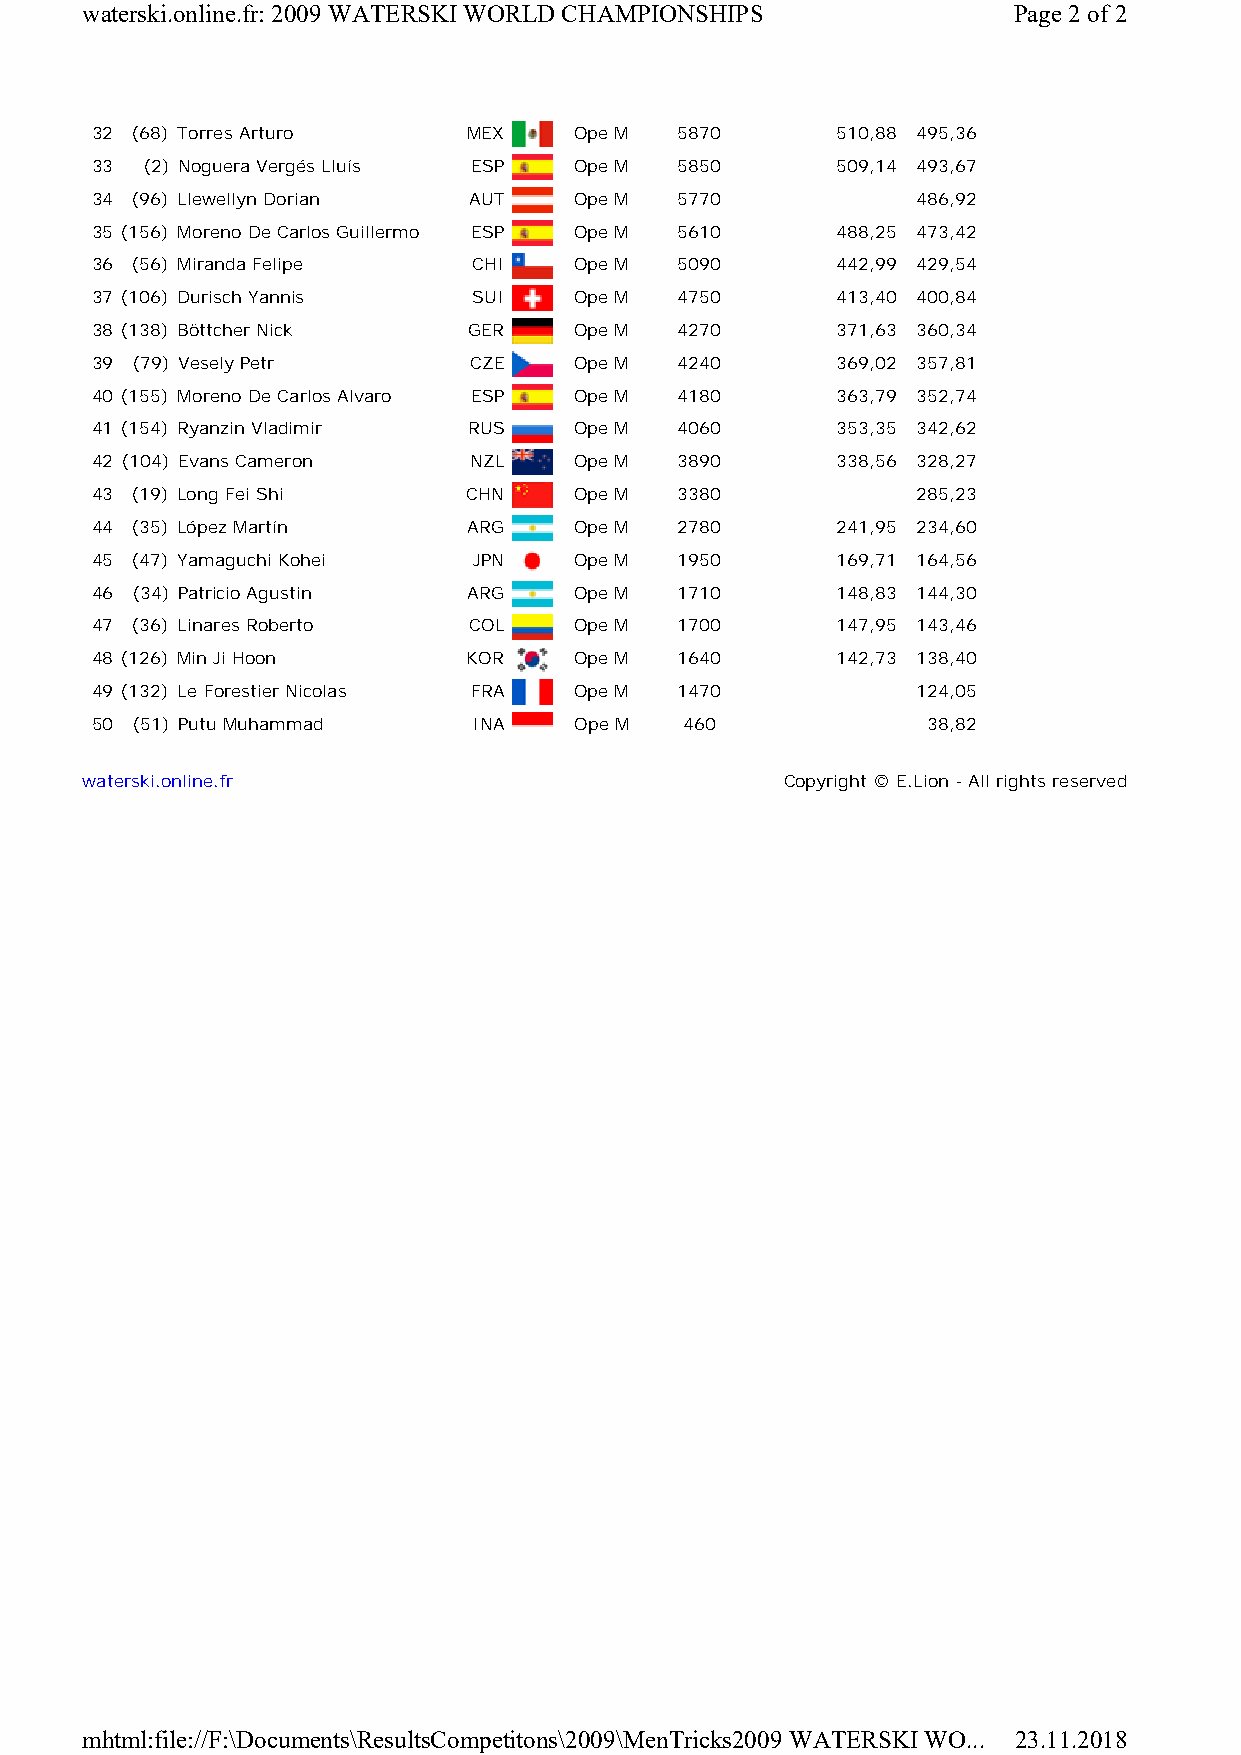
waterski.online.fr: 2009 WATERSKI WORLD CHAMPIONSHIPS         Page 2of 2
 32 (68) Torres Arturo    MEX    Ope M  5870      510,88 495,36
 33 (2) Noguera Vergés Lluís ESP Ope M  5850      509,14 493,67
 34 (96) Llewellyn Dorian AUT    Ope M  5770            486,92
 35 (156) Moreno De Carlos Guillermo ESP Ope M 5610 488,25 473,42
 36 (56) Miranda Felipe   CHI    Ope M  5090      442,99 429,54
 37 (106) Durisch Yannis  SUI    Ope M  4750      413,40 400,84
 38 (138) Böttcher Nick   GER    Ope M  4270      371,63 360,34
 39 (79) Vesely Petr      CZE    Ope M  4240      369,02 357,81
 40 (155) Moreno De Carlos Alvaro ESP Ope M 4180  363,79 352,74
 41 (154) Ryanzin Vladimir RUS   Ope M  4060      353,35 342,62
 42 (104) Evans Cameron   NZL    Ope M  3890      338,56 328,27
 43 (19) Long Fei Shi     CHN    Ope M  3380            285,23
 44 (35) López Martín     ARG    Ope M  2780      241,95 234,60
 45 (47) Yamaguchi Kohei  JPN    Ope M  1950      169,71 164,56
 46 (34) Patricio Agustin ARG    Ope M  1710      148,83 144,30
 47 (36) Linares Roberto  COL    Ope M  1700      147,95 143,46
 48 (126) Min Ji Hoon     KOR    Ope M  1640      142,73 138,40
 49 (132) Le Forestier Nicolas FRA Ope M 1470           124,05
 50 (51) Putu Muhammad    INA    Ope M  460             38,82
 waterski.online.fr                             Copyright © E.Lion -All rights reserved
 mhtml:file://F:\Documents\ResultsCompetitons\2009\MenTricks2009 WATERSKI WO... 23.11.2018